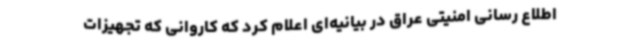
اطلاع رسانی امنیتی عراق در بیانیه‌ای اعلام کرد که کاروانی که تجهیزات